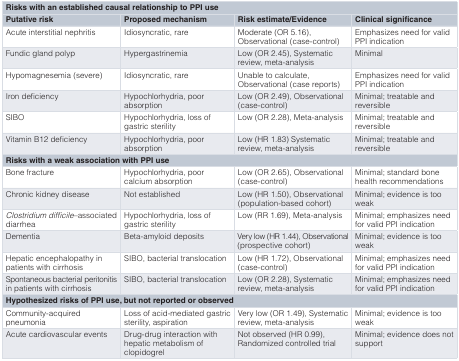
<table><thead><tr><td colspan="4"><b>Risks with an established causal relationship to PPI use</b></td></tr><tr><td><b>Putative risk</b></td><td><b>Proposed mechanism</b></td><td><b>Risk estimate/Evidence</b></td><td><b>Clinical significance</b></td></tr></thead><tbody><tr><td>Acute interstitial nephritis</td><td>Idiosyncratic, rare</td><td>Moderate (OR 5.16),Observational (case-control)</td><td>Emphasizes need for validPPI indication</td></tr><tr><td>Fundic gland polyp</td><td>Hypergastrinemia</td><td>Low (OR 2.45), Systematicreview, meta-analysis</td><td>Minimal</td></tr><tr><td>Hypomagnesemia (severe)</td><td>Idiosyncratic, rare</td><td>Unable to calculate,Observational (case reports)</td><td>Emphasizes need for validPPI indication</td></tr><tr><td>Iron deficiency</td><td>Hypochlorhydria, poorabsorption</td><td>Low (OR 2.49), Observational(case-control)</td><td>Minimal; treatable andreversible</td></tr><tr><td>SIBO</td><td>Hypochlorhydria, loss ofgastric sterility</td><td>Low (OR 2.28), Meta-analysis</td><td>Minimal; treatable andreversible</td></tr><tr><td>Vitamin B12 deficiency</td><td>Hypochlorhydria, poorabsorption</td><td>Low (HR 1.83) Systematicreview, meta-analysis</td><td>Minimal; treatable andreversible</td></tr><tr><td colspan="4"><b>Risks with a weak association with PPI use</b></td></tr><tr><td>Bone fracture</td><td>Hypochlorhydria, poorcalcium absorption</td><td>Low (OR 2.65), Observational(case-control)</td><td>Minimal; standard bonehealth recommendations</td></tr><tr><td>Chronic kidney disease</td><td>Not established</td><td>Low (HR 1.50), Observational(population-based cohort)</td><td>Minimal; evidence is tooweak</td></tr><tr><td><i>Clostridium difficile</i>–associateddiarrhea</td><td>Hypochlorhydria, loss ofgastric sterility</td><td>Low (RR 1.69), Meta-analysis</td><td>Minimal; emphasizes needfor valid PPI indication</td></tr><tr><td>Dementia</td><td>Beta-amyloid deposits</td><td>Very low (HR 1.44), Observational(prospective cohort)</td><td>Minimal; evidence is tooweak</td></tr><tr><td>Hepatic encephalopathy inpatients with cirrhosis</td><td>SIBO, bacterial translocation</td><td>Low (HR 1.72), Observational(case-control)</td><td>Minimal; emphasizes needfor valid PPI indication</td></tr><tr><td>Spontaneous bacterial peritonitisin patients with cirrhosis </td><td>SIBO, bacterial translocation</td><td>Low (OR 2.28), Systematicreview, meta-analysis</td><td>Minimal; emphasizes needfor valid PPI indication</td></tr><tr><td colspan="4"><b>Hypothesized risks of PPI use, but not reported or observed</b></td></tr><tr><td>Community-acquiredpneumonia</td><td>Loss of acid-mediated gastricsterility, aspiration</td><td>Very low (OR 1.49), Systematicreview, meta-analysis</td><td>Minimal; evidence is tooweak</td></tr><tr><td>Acute cardiovascular events</td><td>Drug-drug interaction withhepatic metabolism ofclopidogrel</td><td>Not observed (HR 0.99),Randomized controlled trial</td><td>Minimal; evidence does notsupport</td></tr></tbody></table>